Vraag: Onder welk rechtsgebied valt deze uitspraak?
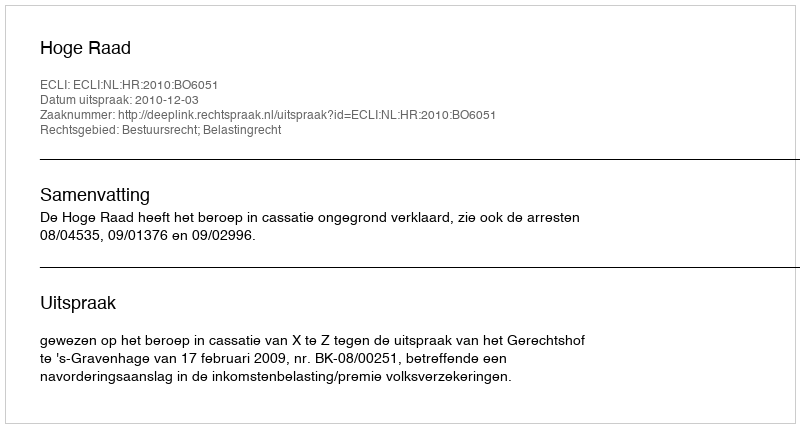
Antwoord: Bestuursrecht; Belastingrecht